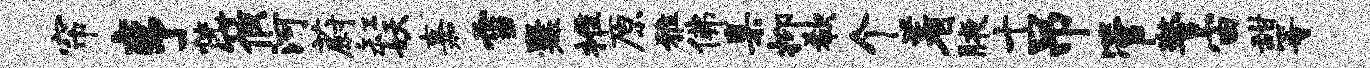
帘亨恍筱河蔚缸妖嘉雪爨推原雅佛臬抑欷个着腋十吊管警宙甜等